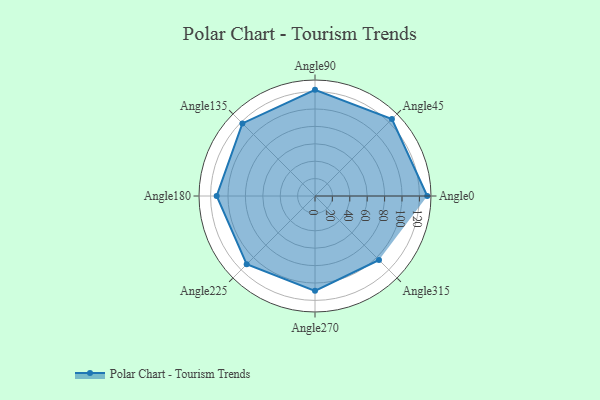
{"axis": {"x": "Angle", "y": "Radius"}, "legend": [""], "data": [{"x": "Angle0", "y": 129.0, "type": ""}, {"x": "Angle45", "y": 125.0, "type": ""}, {"x": "Angle90", "y": 122.0, "type": ""}, {"x": "Angle135", "y": 118.0, "type": ""}, {"x": "Angle180", "y": 113.0, "type": ""}, {"x": "Angle225", "y": 111.0, "type": ""}, {"x": "Angle270", "y": 109.0, "type": ""}, {"x": "Angle315", "y": 104.0, "type": ""}]}